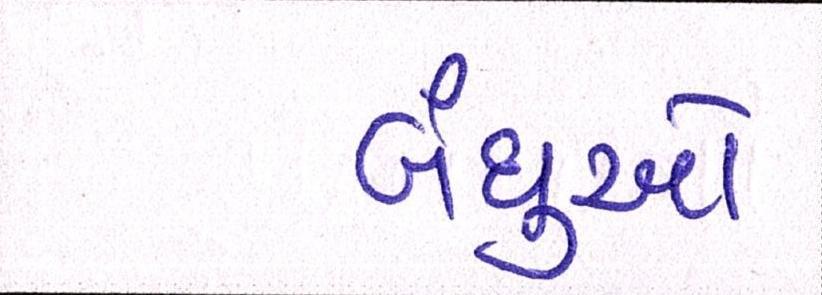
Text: બંધુઓ